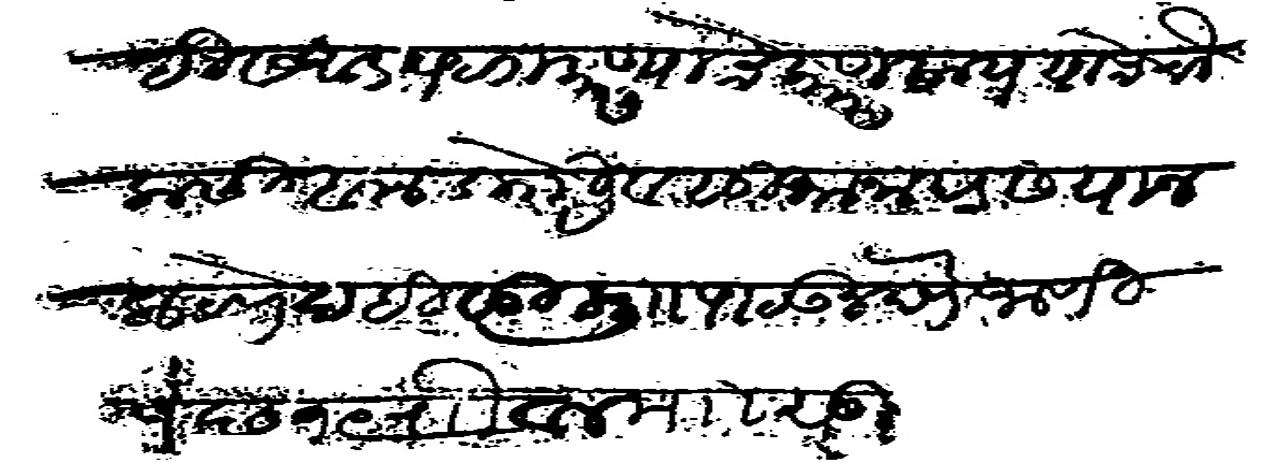
Transliteration (Devanagari): वहीवाटीस अडथळा करण्याचे कारण काय याचे चौकसी बाबत डोगरी व सुभाना दडस याजला ठाणे दहीवाडी मुकामी पाठऊन देणे जाणीजे छ१९ रौवल मोर्तब सुद